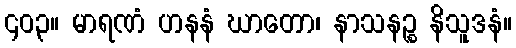
၄၀၃။ မာရဏံ ဟနနံ ဃာတော၊ နာသနဉ္စ နိသူဒနံ။